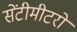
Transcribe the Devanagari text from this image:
सेंटीमीटरों